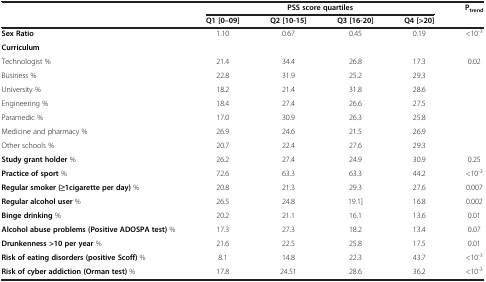
|  | <COLSPAN=4> PSS score quartiles | Ptrend |
 |  | Q1 [0–09] | Q2 [10-15] | Q3 [16-20] | Q4 [>20] |  |
 | --- | --- | --- | --- | --- | --- |
 | Sex Ratio | 1.10 | 0.67 | 0.45 | 0.19 | <10-3 |
 | Curriculum |  |  |  |  |  |
 | Technologist % | 21.4 | 34.4 | 26.8 | 17.3 | 0.02 |
 | Business % | 22.8 | 31.9 | 25.2 | 29.3 |  |
 | University % | 18.2 | 21.4 | 31.8 | 28.6 |  |
 | Engineering % | 18.4 | 27.4 | 26.6 | 27.5 |  |
 | Paramedic % | 17.0 | 30.9 | 26.3 | 25.8 |  |
 | Medicine and pharmacy % | 26.9 | 24.6 | 21.5 | 26.9 |  |
 | Other schools % | 20.7 | 22.4 | 27.6 | 29.3 |  |
 | Study grant holder % | 26.2 | 27.4 | 24.9 | 30.9 | 0.25 |
 | Practice of sport % | 72.6 | 63.3 | 63.3 | 44.2 | <10-3 |
 | Regular smoker (≥1cigarette per day) % | 20.8 | 21.3 | 29.3 | 27.6 | 0.007 |
 | Regular alcohol user % | 26.5 | 24.8 | 19.1] | 16.8 | 0.002 |
 | Binge drinking % | 20.2 | 21.1 | 16.1 | 13.6 | 0.01 |
 | Alcohol abuse problems (Positive ADOSPA test) % | 17.3 | 27.3 | 18.2 | 13.4 | 0.07 |
 | Drunkenness >10 per year % | 21.6 | 22.5 | 25.8 | 17.5 | 0.01 |
 | Risk of eating disorders (positive Scoff) % | 8.1 | 14.8 | 22.3 | 43.7 | <10-3 |
 | Risk of cyber addiction (Orman test) % | 17.8 | 24.51 | 28.6 | 36.2 | <10-3 |